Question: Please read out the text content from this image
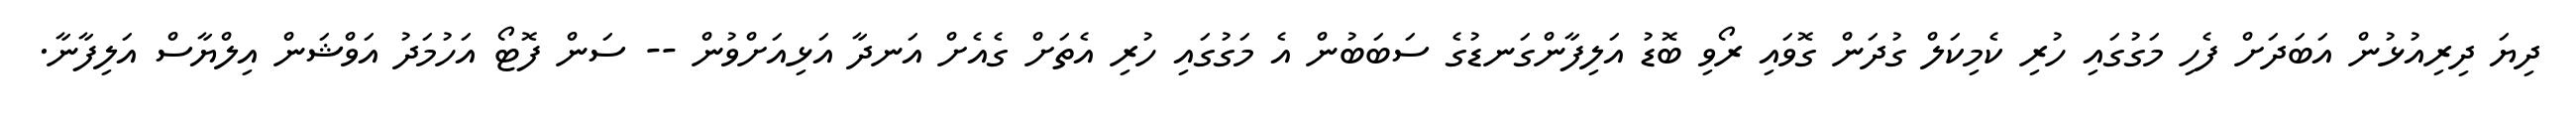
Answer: ދިޔަ ދިރިއުޅުން އަބަދަށް ފެހި މަގުގައި ހުރި ކެމިކަލް ގުދަން ގޮވައި ރޯވި ބޮޑު އަލިފާންގަނޑުގެ ސަބަބުން އެ މަގުގައި ހުރި އެތަށް ގެއެށް އަނދާ އަޅިއަށްވުން -- ސަން ފޮޓޯ އަހުމަދު އަވްޝަން އިލްޔާސް އަލިފާނާ.